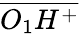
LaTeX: \overline{{O_{1}H^{+}}}